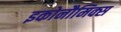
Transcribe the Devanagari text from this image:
इकोनौमिक्स